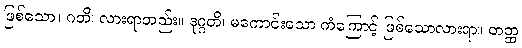
ဖြစ်သော။ ဂတိ၊ လားရာတည်း။ ဒုဂ္ဂတိ၊ မကောင်းသော ကံကြောင့် ဖြစ်သောလားရာ။ တတ္ထ